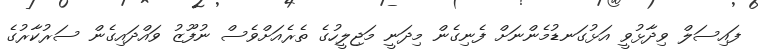
ފައިސަލް ވިދާޅުވީ އަޅުގަނޑުމެންނަށް ފެނިގެން މިދަނީ މަޖިލީހުގެ ތެރެއަށްވެސް ނުފޫޒު ވައްދައިގެން ސަރުކާރުގެ